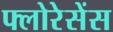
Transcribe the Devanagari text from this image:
फ्लोरेसेंस